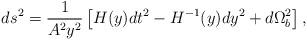
LaTeX: \begin{align*}ds^2 = \frac{1}{A^2 y^2} \left[ H(y) dt^2 - H^{-1}(y) dy^2 + d\Omega^2_b \right],\end{align*}